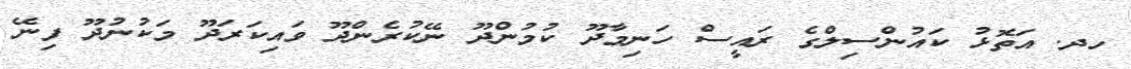
ހދ. އަތޮޅު ކައުންސިލްގެ ރައީސް ހަނިމާދޫ ކުމުންދޫ ނޭކުރެންދޫ ވައިކަރަދޫ މަކުނުދޫ ފިނޭ